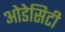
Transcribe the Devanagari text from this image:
ओडेसिटी